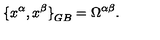
{ \{ x ^ { \alpha } , x ^ { \beta } \} } _ { G B } = \Omega ^ { \alpha \beta } .